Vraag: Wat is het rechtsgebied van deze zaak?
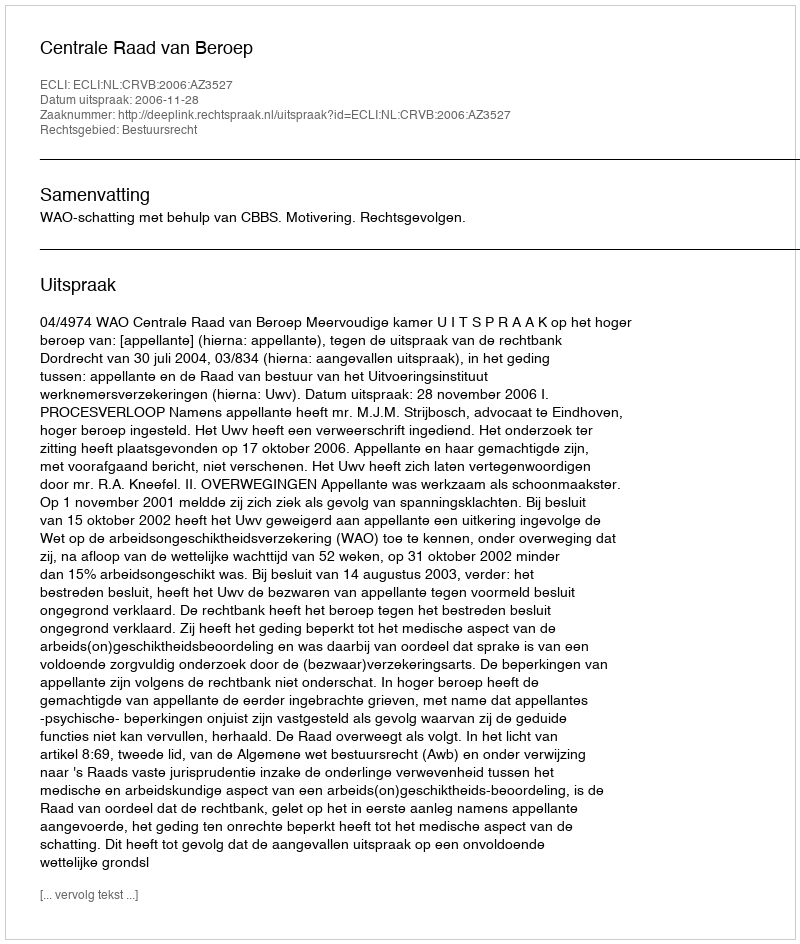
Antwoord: Bestuursrecht